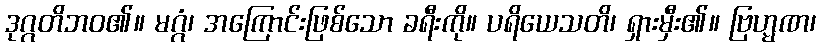
ဒုဂ္ဂတိဘဝ၏။ မဂ္ဂံ၊ အကြောင်းဖြစ်သော ခရီးကို။ ပရိယေသတိ၊ ရှားမှီး၏။ ဗြဟ္မဏ၊